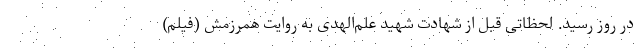
در روز رسید. لحظاتی قبل از شهادت شهید علم‌الهدی به روایت همرزمش (فیلم)